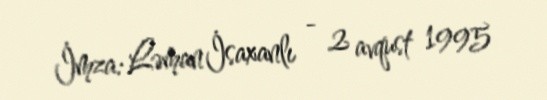
İmza: Ləman İsaxanlı - 2 avqust 1995